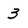
Character: 3